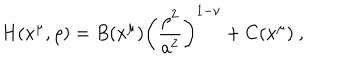
LaTeX: H ( x ^ { \mu } , \rho ) = B ( x ^ { \mu } ) \left( { \frac { \rho ^ { 2 } } { a ^ { 2 } } } \right) ^ { 1 - \nu } + C ( x ^ { \mu } ) ~ ,